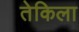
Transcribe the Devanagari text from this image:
तेकिला